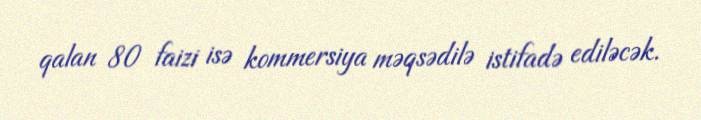
qalan 80 faizi isə kommersiya məqsədilə istifadə ediləcək.